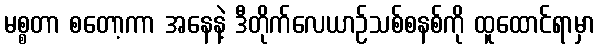
မစ္စတာ စတော့ကာ အနေနဲ့ ဒီတိုက်လေယာဉ်သစ်စနစ်ကို ထူထောင်ရာမှာ